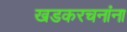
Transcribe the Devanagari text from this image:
खडकरचनांना